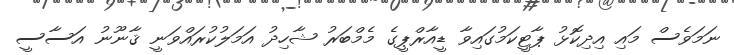
ނަމަވެސް މައި އިދިކޮޅު ޕާޓީކަމުގައިވާ ޑީއާރްޕީގެ މެމްބަރު ޝާހިދު އަމަލުކުރައްވަނީ ޤާނޫނު އަސާސީ